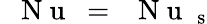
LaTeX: \mathrm{~\textit~{~N~u~}~}=\mathrm{~\textit~{~N~u~}~}_{\mathrm s}